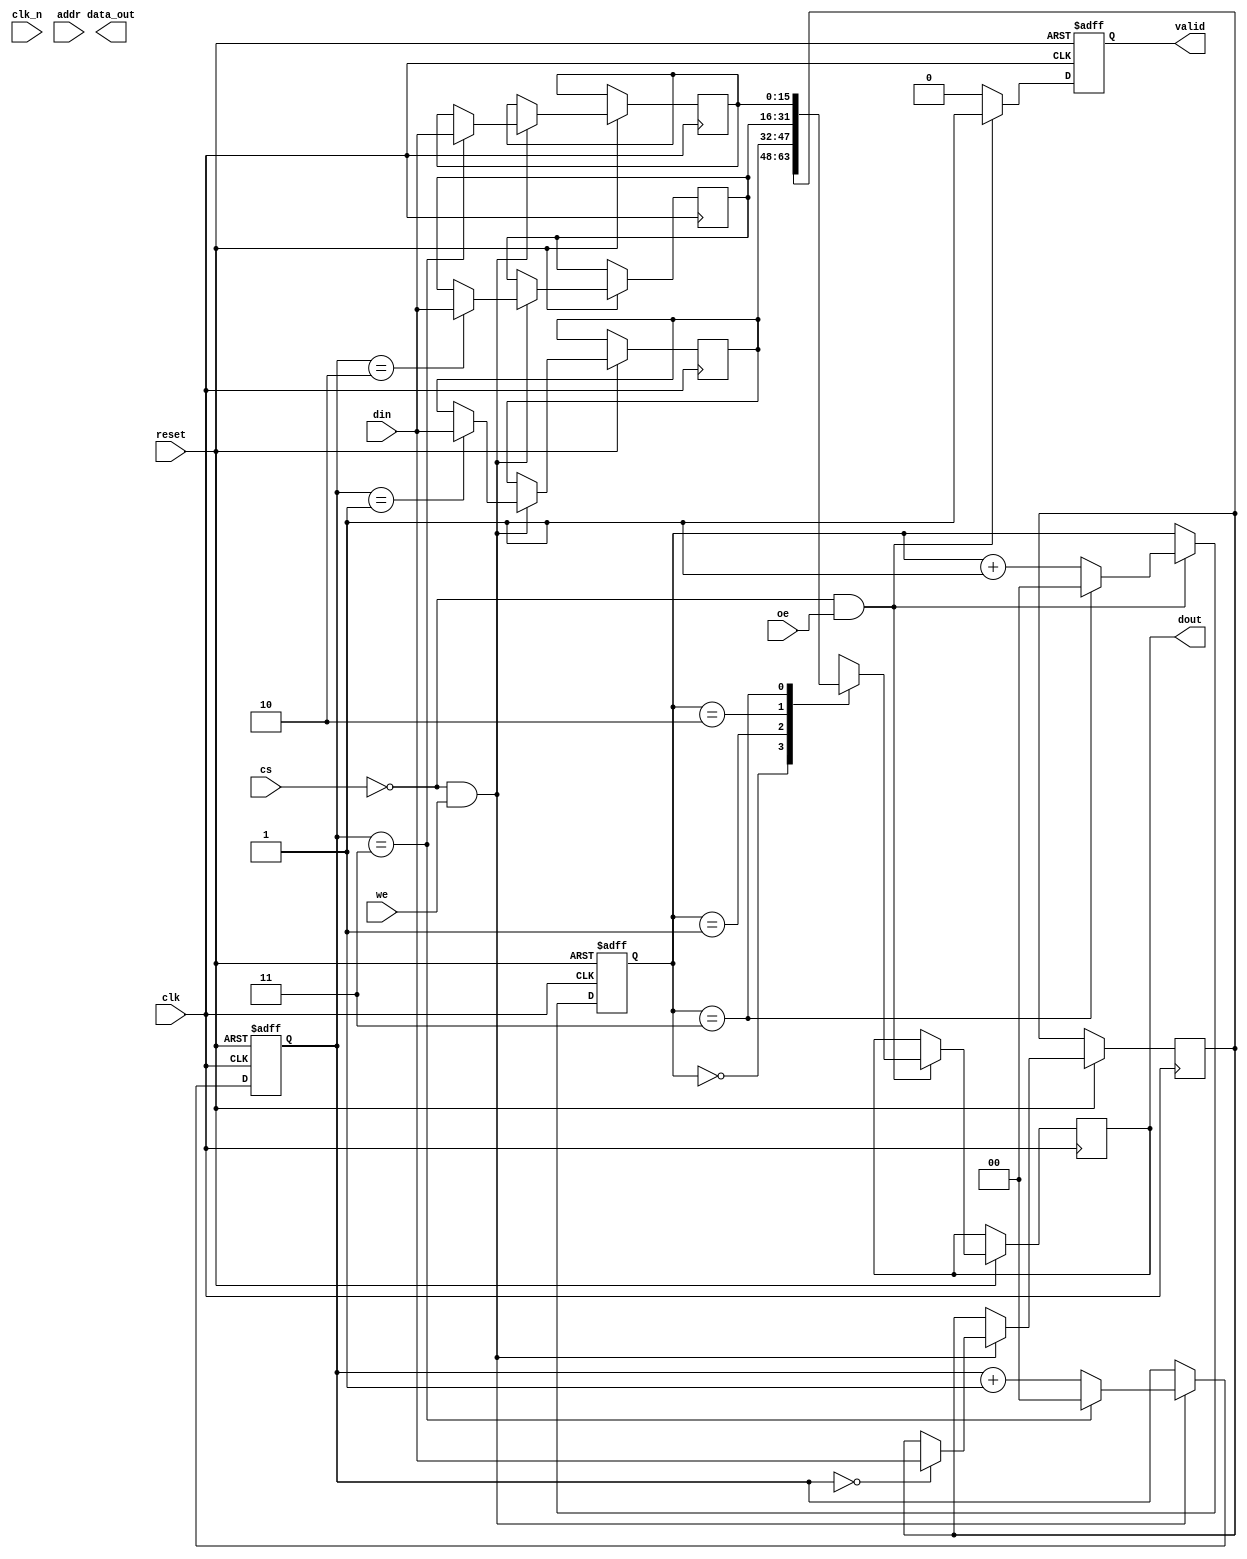
module gddr6x_io_block (
    input wire clk,            // Differential clock input
    input wire clk_n,          // Inverted differential clock input
    input wire [15:0] din,     // 16-bit data input
    output reg [15:0] dout,    // 16-bit data output
    input wire cs,             // Chip Select
    input wire we,             // Write Enable
    input wire oe,             // Output Enable
    input wire [23:0] addr,    // Address input
    output reg [15:0] data_out, // Data output for read operations
    output reg valid,          // Indicates valid output data
    input wire reset           // Asynchronous reset
);

// Internal signals
reg [15:0] data_buffer [0:3]; // Buffer for burst transfers (4 words)
reg [1:0] write_pointer;      // Pointer for writing to buffer
reg [1:0] read_pointer;       // Pointer for reading from buffer
reg [1:0] burst_count;        // Burst transfer count

// Clock management and synchronization
always @(posedge clk or negedge reset) begin
    if (!reset) begin
        // Reset logic
        write_pointer <= 2'b00;
        read_pointer <= 2'b00;
        valid <= 1'b0;
    end else begin
        // Handle write operation
        if (cs == 1'b0 && we == 1'b1) begin
            data_buffer[write_pointer] <= din; // Store incoming data to buffer
            write_pointer <= write_pointer + 1; // Increment write pointer
            if (write_pointer == 2'b11) begin
                write_pointer <= 2'b00; // Wrap around
            end
        end

        // Handle read operation
        if (cs == 1'b0 && oe == 1'b1) begin
            dout <= data_buffer[read_pointer]; // Output data from buffer
            valid <= 1'b1; // Indicate valid data
            read_pointer <= read_pointer + 1; // Increment read pointer
            if (read_pointer == 2'b11) begin
                read_pointer <= 2'b00; // Wrap around
            end
        end else begin
            valid <= 1'b0; // Clear valid flag if not outputting
        end
    end
end

// Error detection (ECC) - Placeholder for actual implementation
// This section should be implemented based on specific ECC requirements

// Built-in self-test (BIST) - Placeholder for actual implementation
// This section should include test logic to validate I/O functionality

endmodule